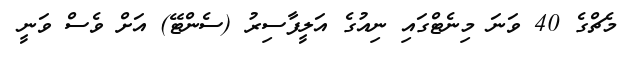
މެޗްގެ 40 ވަނަ މިނެޓްގައި ނިއުގެ އަލީފާސިރު (ސެންޓޭ) އަށް ވެސް ވަނީ